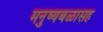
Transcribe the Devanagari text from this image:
मनुष्यबळासह